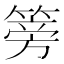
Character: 篣